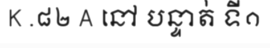
K .៨២ A នៅ បន្ទាត់ ទី១